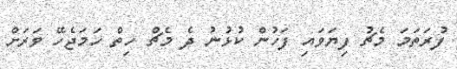
ފުރަތަމަ މެޗު ފިޔަވައި ފަހުން ކުޅުނު ދެ މެޗް ހިތް ހަމަޖެހޭ ވަރަށް